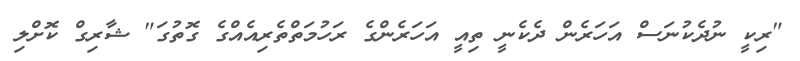
"ރިކީ ނުދެކުނަސް އަހަރެން ދެކެނީ ތިއީ އަހަރެންގެ ރަހުމަތްތެރިއެއްގެ ގޮތުގަ" ޝާރިގް ކޮށްލި